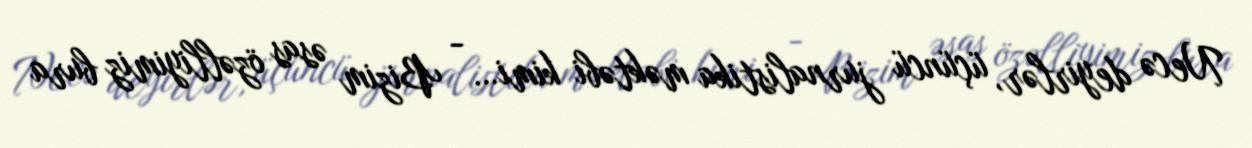
Necə deyirlər, üçüncü jurnalistika məktəbi kimi… - Bizim əsas özəlliyimiz bura